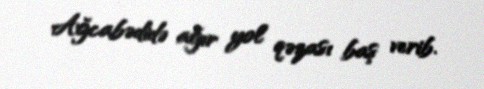
Ağcabədidə ağır yol qəzası baş verib.